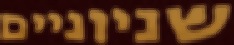
שניוניים